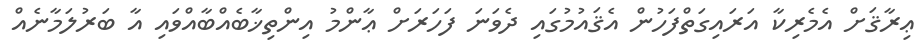
ޢިރާޤަށް އެމެރިކާ އަރައިގަތްފަހުން އެޤައުމުގައި ދެވަނަ ފަހަރަށް ޢާންމު އިންތިޚާބެއްބާއްވައި އާ ބަރުލަމާނެއް